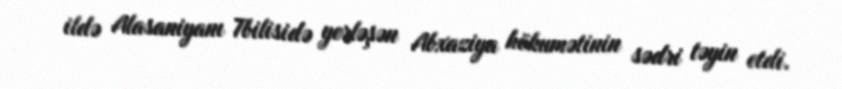
ildə Alasaniyanı Tbilisidə yerləşən Abxaziya hökumətinin sədri təyin etdi.